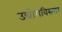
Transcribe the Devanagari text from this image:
उद्योगविस्तार